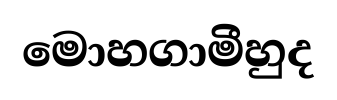
මොහගාමීහුද